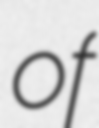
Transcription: of